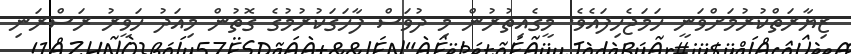
ޒިޔާރަތްކުރުމަށްވަނީ ހަމަޖެހިފައެވެ. މީގެއިތުރުން މި ދުވަސް ފާހަގަކުރުމުގެ ގޮތުން މިއަދު ހަވީރު ރަސްރަނި